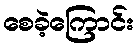
စေခဲ့ကြောင်း